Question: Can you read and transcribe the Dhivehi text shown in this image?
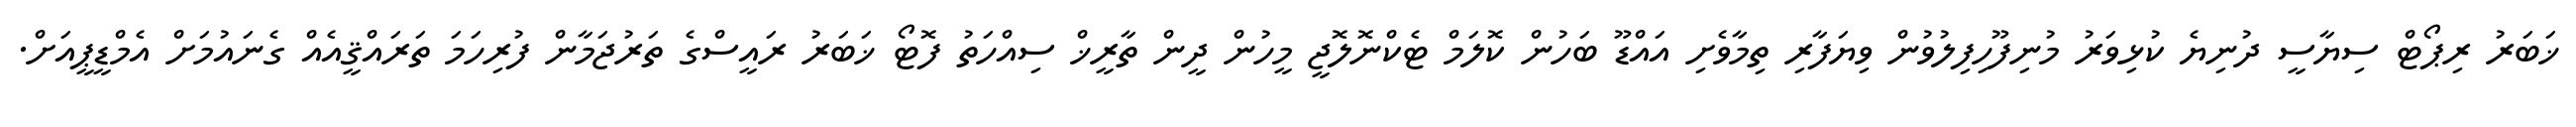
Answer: ޚަބަރު ރިޕޯޓް ސިޔާސީ ދުނިޔެ ކުޅިވަރު މުނިފޫހިފިލުވުން ވިޔަފާރި ތިމާވެށި އައްޑޫ ބަހުން ކޮލަމް ޓެކްނޮލޮޖީ މީހުން ދީން ތާރީޚް ސިއްހަތު ފޮޓޯ ޚަބަރު ރައީސްގެ ތަރުޖަމާން ފުރިހަމަ ތަރައްޤީއެއް ގެނައުމަށް އެމްޑީޕީއަށް.